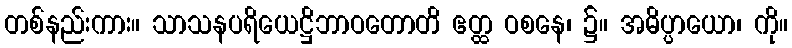
တစ်နည်းကား။ သာသနပရိယေဋ္ဌိဘာဝတောတိ ဧတ္ထ ဝစနေ၊ ၌။ အဓိပ္ပာယော၊ ကို။